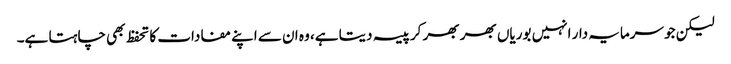
لیکن جو سرمایہ دار انہیں بوریاں بھر بھر کر پیسہ دیتا ہے، وہ ان سے اپنے مفادات کا تحفظ بھی چاہتا ہے۔